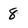
Character: 8